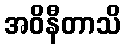
အဝိနီတာသိ